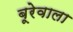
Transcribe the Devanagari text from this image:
बूरेवाला